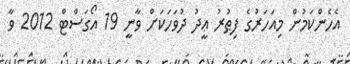
އެހެންކަމުން މިއަހަރުގެ ފިޠުރު ޢީދު ދުވަހަކަށް ވާނީ 19 އޯގަސްޓް 2012 ވާ